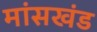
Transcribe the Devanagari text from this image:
मांसखंड